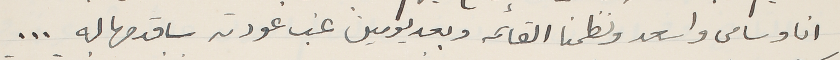
انا وسامى واسعد ونظمنا القائمه وبعد يومين غب عودته ساقدمها له ...